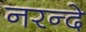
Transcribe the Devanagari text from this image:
नरन्दे